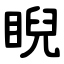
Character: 睨